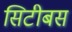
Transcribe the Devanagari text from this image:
सिटीबस